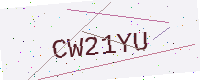
Text: CW21YU